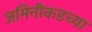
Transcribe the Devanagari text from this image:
जमिनीकडच्या